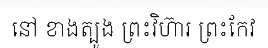
នៅ ខាងត្បូង ព្រះវិហ៊ារ ព្រះកែវ